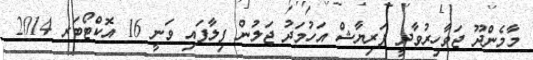
މާމެންދޫ ޖަވާހިރުވާދީ ފަރިޔާޝް އަހުމަދު ޖަލުން ފިލާފައި ވަނީ 16 އޮކްޓޯބަރ 2014